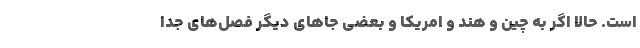
است. حالا اگر به چین و هند و امریکا و بعضی جاهای دیگر فصل‌های جدا